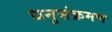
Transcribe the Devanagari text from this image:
धनुसंक्रमण